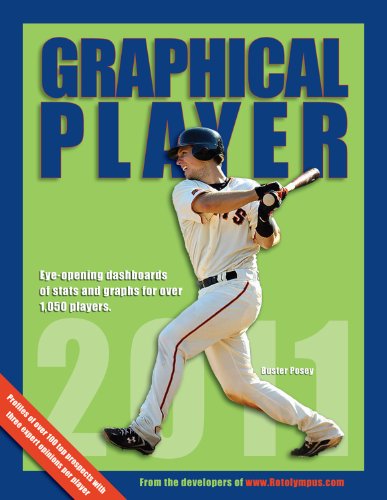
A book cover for Graphical Player 2011; John Burnson; Humor & Entertainment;